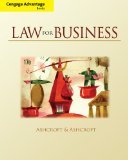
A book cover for Cengage Advantage Books: Law for Business 17th Edition by Ashcroft, John D., Ashcroft, Janet [Paperback]; John D.. Ashcroft; Law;